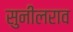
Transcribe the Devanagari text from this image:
सुनीलराव